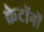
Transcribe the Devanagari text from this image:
क्रेटॉनों